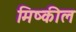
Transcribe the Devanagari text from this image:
मिष्कील